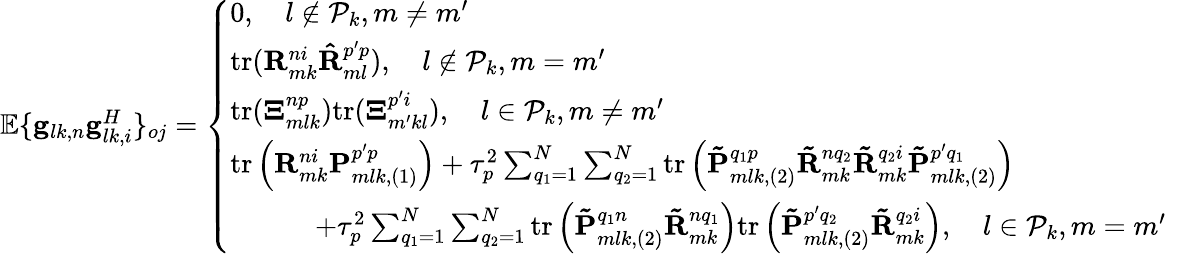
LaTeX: \begin{array}{r}{\mathbb{E}\{ \mathbf{g}_{lk,n}\mathbf{g}_{lk,i}^{H}\} _{oj}=\left\{ \begin{array}{ll}{0,\quad l\notin\mathcal{P}_{k},m\ne m^{\prime}}\\ {\mathrm{tr(}\mathbf{R}_{mk}^{ni}\mathbf{\hat{R}}_{ml}^{p^{\prime}p}),\quad l\notin\mathcal{P}_{k},m=m^{\prime}}\\ {\mathrm{tr(}\mathbf{\Xi}_{mlk}^{np})\mathrm{tr(}\mathbf{\Xi}_{m^{\prime}kl}^{p^{\prime}i}),\quad l\in\mathcal{P}_{k},m\ne m^{\prime}}\\ {\mathrm{tr}\left(\mathbf{R}_{mk}^{ni}\mathbf{P}_{mlk,\left(1\right)}^{p^{\prime}p}\right)+\tau_{p}^{2}\sum_{q_{1}=1}^{N}{\sum_{q_{2}=1}^{N}{\mathrm{tr}\left(\mathbf{\tilde{P}}_{mlk,\left(2\right)}^{q_{1}p}\mathbf{\tilde{R}}_{mk}^{nq_{2}}\mathbf{\tilde{R}}_{mk}^{q_{2}i}\mathbf{\tilde{P}}_{mlk,\left(2\right)}^{p^{\prime}q_{1}}\right)}}}\\ {\quad\quad\quad+\tau_{p}^{2}\sum_{q_{1}=1}^{N}{\sum_{q_{2}=1}^{N}{\mathrm{tr}\left(\mathbf{\tilde{P}}_{mlk,\left(2\right)}^{q_{1}n}\mathbf{\tilde{R}}_{mk}^{nq_{1}}\right)\mathrm{tr}\left(\mathbf{\tilde{P}}_{mlk,\left(2\right)}^{p^{\prime}q_{2}}\mathbf{\tilde{R}}_{mk}^{q_{2}i}\right)}},\quad l\in\mathcal{P}_{k},m=m^{\prime}\quad}\end{array}\right.}\end{array}